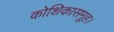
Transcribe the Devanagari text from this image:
कोशिकासमूह।